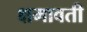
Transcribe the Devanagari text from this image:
क्षमावती